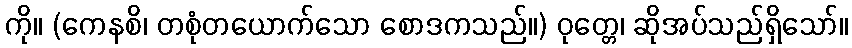
ကို။ (ကေနစိ၊ တစုံတယောက်သော စောဒကသည်။) ဝုတ္တေ၊ ဆိုအပ်သည်ရှိသော်။